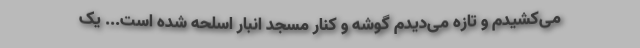
می‌کشیدم و تازه می‌دیدم گوشه و کنار مسجد انبار اسلحه شده است... یک